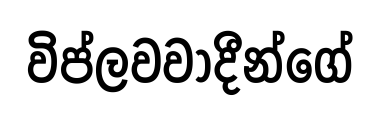
විප්ලවවාදීන්ගේ